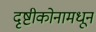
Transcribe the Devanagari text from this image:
दृष्टीकोनामधून